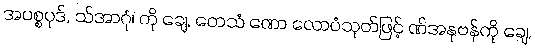
အပစ္စပုဒ်, သ်အာဂုံ၊ ကို ချေ, တေသံ ဏော လောပံသုတ်ဖြင့် ဏ်အနုဗန်ကို ချေ,